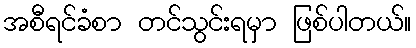
အစီရင်ခံစာ တင်သွင်းရမှာ ဖြစ်ပါတယ်။